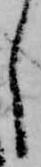
し